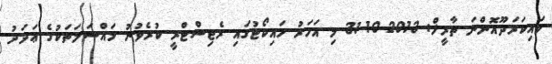
ވައިކަރަދޫއޮންނަ ތާރީޚް: 2013-10-31 މި އަހަރު ހައިކޯޓުގައި ރެޖިސްޓްރީ ކުރެވުނު މައްސަލަތަކުގެ ޢަދަދު